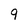
Character: 9